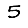
Digit: 5